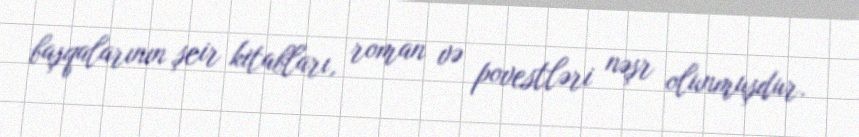
başqalarının şeir kitabları, roman və povestləri nəşr olunmuşdur.